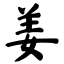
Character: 姜